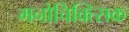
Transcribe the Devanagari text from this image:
मनोचिक्त्सिक